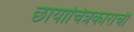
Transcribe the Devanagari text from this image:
छायाचित्रकाराची